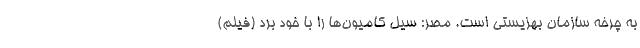
به چرخه سازمان بهزیستی است. مصر: سیل کامیون‌ها را با خود برد (فیلم)